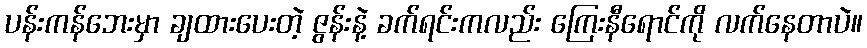
ပန်းကန်ဘေးမှာ ချထားပေးတဲ့ ဇွန်းနဲ့ ခက်ရင်းကလည်း ကြေးနီရောင်ကို လက်နေတာပဲ။